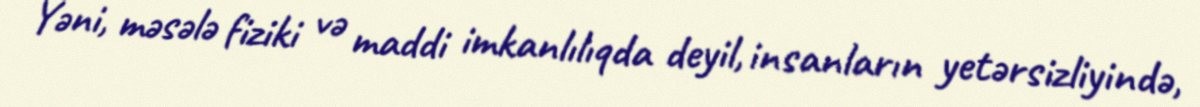
Yəni, məsələ fiziki və maddi imkanlılıqda deyil, insanların yetərsizliyində,